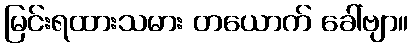
မြင်းရထားသမား တယောက် ခေါ်ဗျာ။